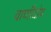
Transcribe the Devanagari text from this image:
वाणीदोष